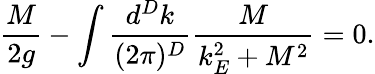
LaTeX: \frac{M}{2g}-\int\frac{d^{D}k}{(2\pi)^{D}}\frac{M}{k_{E}^{2}+M^{2}}=0.